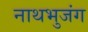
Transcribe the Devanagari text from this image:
नाथभुजंग